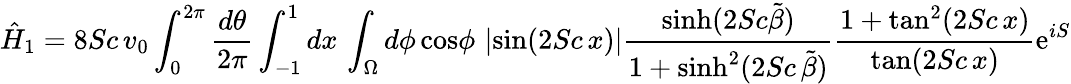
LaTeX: \hat{H}_{1}=8Sc\, v_{0}\int_{0}^{2\pi}{\frac{d\theta}{2\pi}}\int_{-1}^{1}dx\, \int_{\Omega}d\phi\, \mathrm{cos}\phi\, \left|\mathrm{sin}(2Sc\, x)\right|{\frac{\mathrm{sinh}(2Sc\tilde{\beta})}{1+\mathrm{sinh}^{2}(2Sc\, \tilde{\beta})}}{\frac{1+\mathrm{tan}^{2}(2Sc\, x)}{\mathrm{tan}(2Sc\, x)}}\mathrm{e}^{iS}